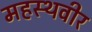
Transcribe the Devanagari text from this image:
महस्थवीर